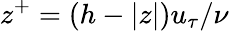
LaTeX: z^{+}=(h-|z|)u_{\tau}/\nu